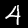
Label: 4